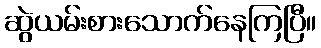
ဆွဲယမ်းစားသောက်နေကြပြီ။